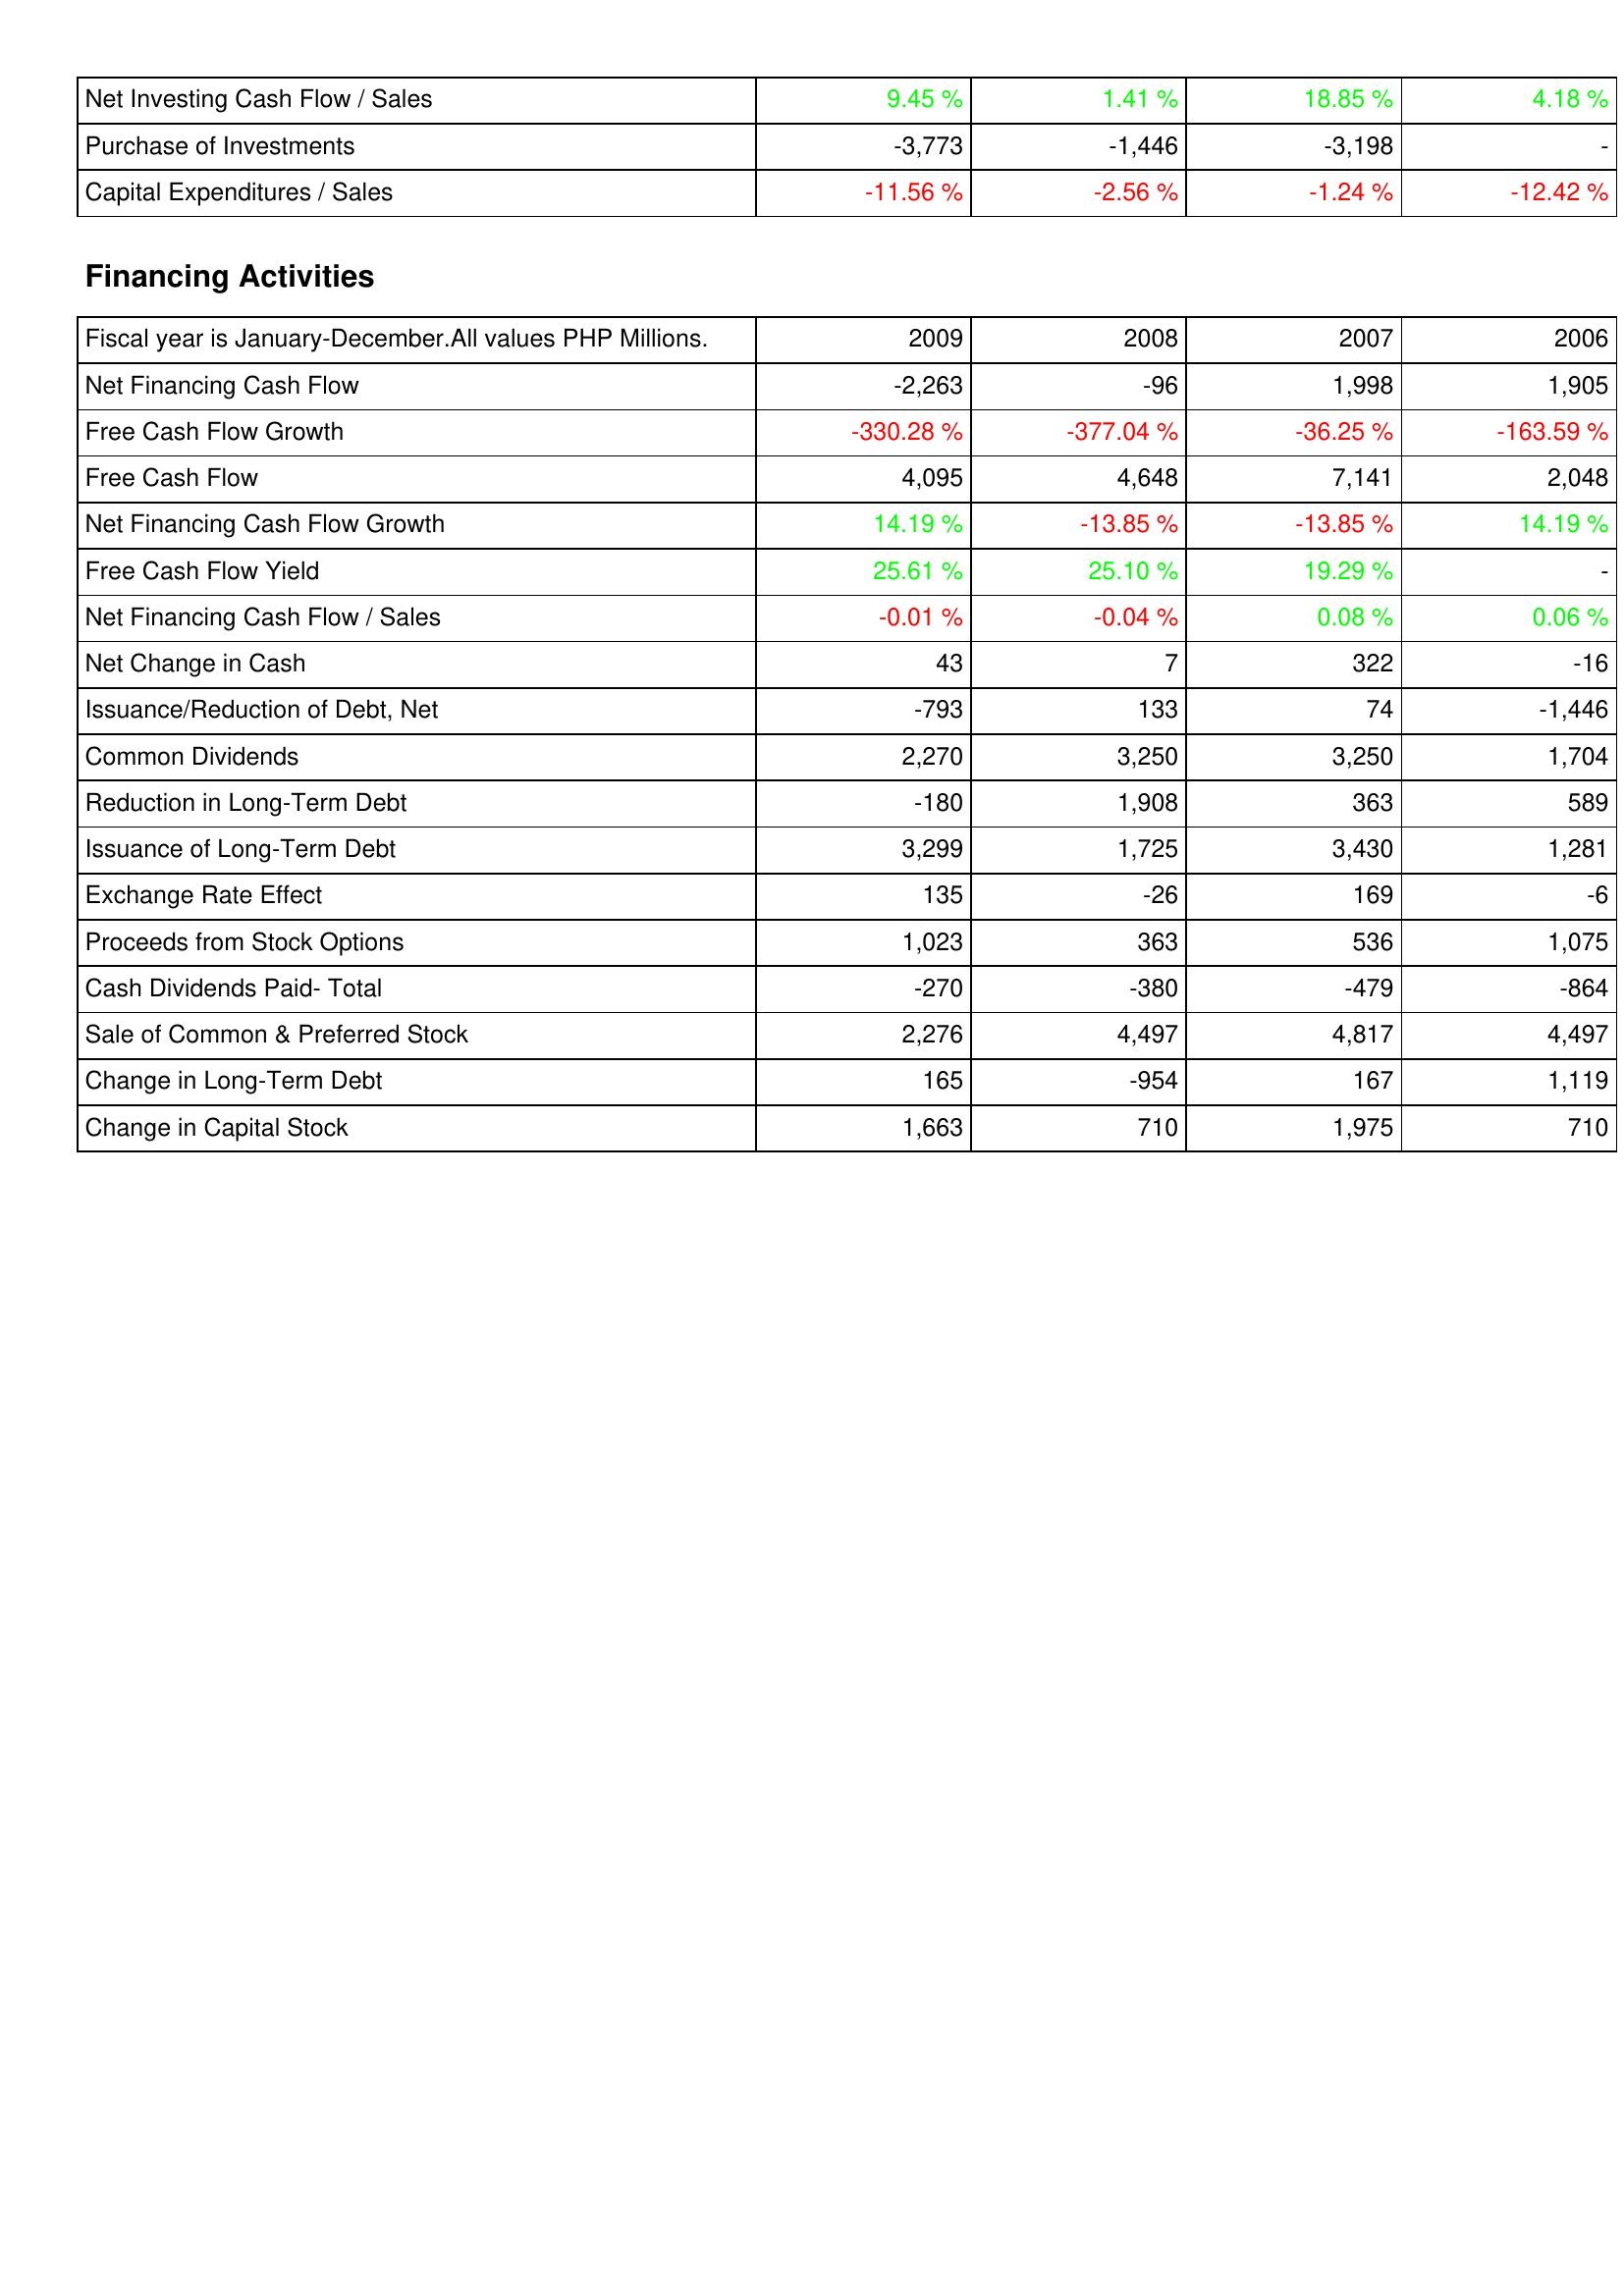
2009: Investing Activities: Net Investing Cash Flow / Sales: 9.45 %
Purchase of Investments: -3,773
Capital Expenditures / Sales: -11.56 %
Financing Activities: Net Financing Cash Flow: -2,263
Free Cash Flow Growth: -330.28 %
Free Cash Flow: 4,095
Net Financing Cash Flow Growth: 14.19 %
Free Cash Flow Yield: 25.61 %
Net Financing Cash Flow / Sales: -0.01 %
Net Change in Cash: 43
Issuance/Reduction of Debt, Net: -793
Common Dividends: 2,270
Reduction in Long-Term Debt: -180
Issuance of Long-Term Debt: 3,299
Exchange Rate Effect: 135
Proceeds from Stock Options: 1,023
Cash Dividends Paid- Total: -270
Sale of Common & Preferred Stock: 2,276
Change in Long-Term Debt: 165
Change in Capital Stock: 1,663
2008: Investing Activities: Net Investing Cash Flow / Sales: 1.41 %
Purchase of Investments: -1,446
Capital Expenditures / Sales: -2.56 %
Financing Activities: Net Financing Cash Flow: -96
Free Cash Flow Growth: -377.04 %
Free Cash Flow: 4,648
Net Financing Cash Flow Growth: -13.85 %
Free Cash Flow Yield: 25.10 %
Net Financing Cash Flow / Sales: -0.04 %
Net Change in Cash: 7
Issuance/Reduction of Debt, Net: 133
Common Dividends: 3,250
Reduction in Long-Term Debt: 1,908
Issuance of Long-Term Debt: 1,725
Exchange Rate Effect: -26
Proceeds from Stock Options: 363
Cash Dividends Paid- Total: -380
Sale of Common & Preferred Stock: 4,497
Change in Long-Term Debt: -954
Change in Capital Stock: 710
2007: Investing Activities: Net Investing Cash Flow / Sales: 18.85 %
Purchase of Investments: -3,198
Capital Expenditures / Sales: -1.24 %
Financing Activities: Net Financing Cash Flow: 1,998
Free Cash Flow Growth: -36.25 %
Free Cash Flow: 7,141
Net Financing Cash Flow Growth: -13.85 %
Free Cash Flow Yield: 19.29 %
Net Financing Cash Flow / Sales: 0.08 %
Net Change in Cash: 322
Issuance/Reduction of Debt, Net: 74
Common Dividends: 3,250
Reduction in Long-Term Debt: 363
Issuance of Long-Term Debt: 3,430
Exchange Rate Effect: 169
Proceeds from Stock Options: 536
Cash Dividends Paid- Total: -479
Sale of Common & Preferred Stock: 4,817
Change in Long-Term Debt: 167
Change in Capital Stock: 1,975
2006: Investing Activities: Net Investing Cash Flow / Sales: 4.18 %
Purchase of Investments: -
Capital Expenditures / Sales: -12.42 %
Financing Activities: Net Financing Cash Flow: 1,905
Free Cash Flow Growth: -163.59 %
Free Cash Flow: 2,048
Net Financing Cash Flow Growth: 14.19 %
Free Cash Flow Yield: -
Net Financing Cash Flow / Sales: 0.06 %
Net Change in Cash: -16
Issuance/Reduction of Debt, Net: -1,446
Common Dividends: 1,704
Reduction in Long-Term Debt: 589
Issuance of Long-Term Debt: 1,281
Exchange Rate Effect: -6
Proceeds from Stock Options: 1,075
Cash Dividends Paid- Total: -864
Sale of Common & Preferred Stock: 4,497
Change in Long-Term Debt: 1,119
Change in Capital Stock: 710